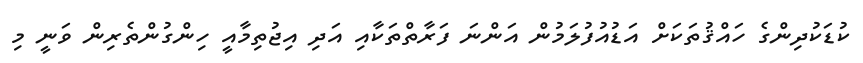
ކުޑަކުދިންގެ ހައްޤުތަކަށް އަޑުއުފުލަމުން އަންނަ ފަރާތްތަކާއި އަދި އިޖުތިމާއީ ހިންގުންތެރިން ވަނީ މި